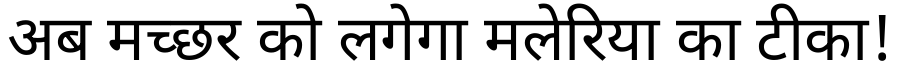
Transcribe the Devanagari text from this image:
अब मच्छर को लगेगा मलेरिया का टीका!